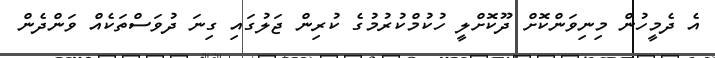
އެ ދެމީހުން މިނިވަންކޮށް ދޫކޮށްލީ ހުކުމްކުރުމުގެ ކުރިން ޖަލުގައި ގިނަ ދުވަސްތަކެއް ވަންދެން